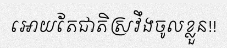
អោយតែជាតិស្រវឹងចូលខ្លួន!!